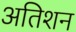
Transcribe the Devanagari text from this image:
अतिशन